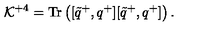
{ \cal K } ^ { + 4 } = \mathrm { T r } \left( [ \tilde { q } ^ { + } , q ^ { + } ] [ \tilde { q } ^ { + } , q ^ { + } ] \right) .